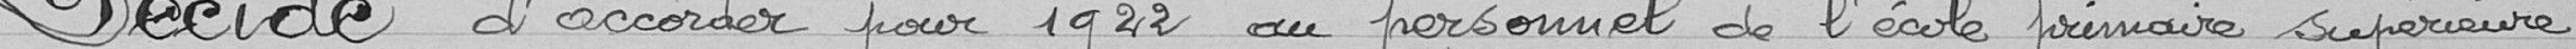
Décide d'accorder pour 1922 au personnel de l'école primaire supérieure